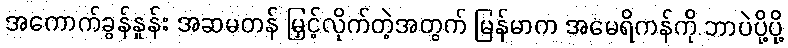
အကောက်ခွန်နှုန်း အဆမတန် မြှင့်လိုက်တဲ့အတွက် မြန်မာက အမေရိကန်ကို ဘာပဲပို့ပို့